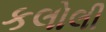
કલોલી